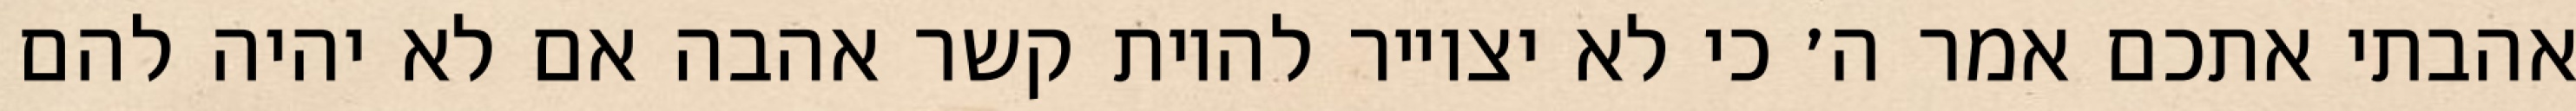
אהבתי אתכם אמר ה׳ כי לא יצוייר להיות קשר אהבה אם לא יהיה להם